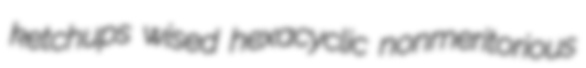
ketchups wised hexacyclic nonmeritorious